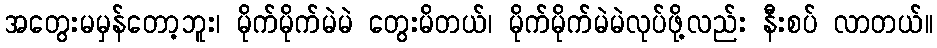
အတွေးမမှန်တော့ဘူး၊ မိုက်မိုက်မဲမဲ တွေးမိတယ်၊ မိုက်မိုက်မဲမဲလုပ်ဖို့လည်း နီးစပ် လာတယ်။